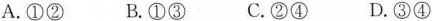
A.①② B.①③ C.②④ D.③④